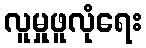
လူမှုဖူလုံရေး